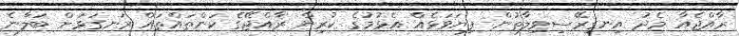
ރާއްޖެއާ މެދު އިނގިރޭސިވިލާތުން ފިޔަވަޅެއް އެޅުމުގެ ކުރިން ރާއްޖޭގެ ކަންތައްތައް ރަނގަޅަށް ބަލާނެ